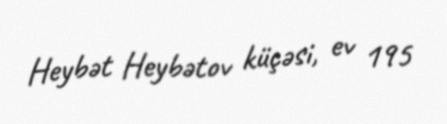
Heybət Heybətov küçəsi, ev 195